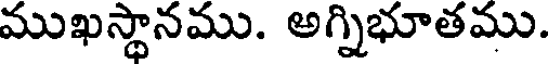
ముఖస్థానము. అగ్నిభూతము.